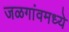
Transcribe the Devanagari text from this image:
जळगांवमध्ये